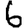
Digit: 6